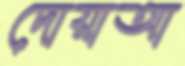
দোয়াআ